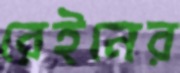
রেইনের